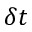
\delta t